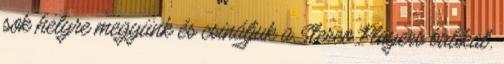
sok helyre megyünk és csináljuk a Stereo Players bulikat.